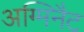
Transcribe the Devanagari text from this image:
अग्मिनैट